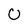
Character: 0